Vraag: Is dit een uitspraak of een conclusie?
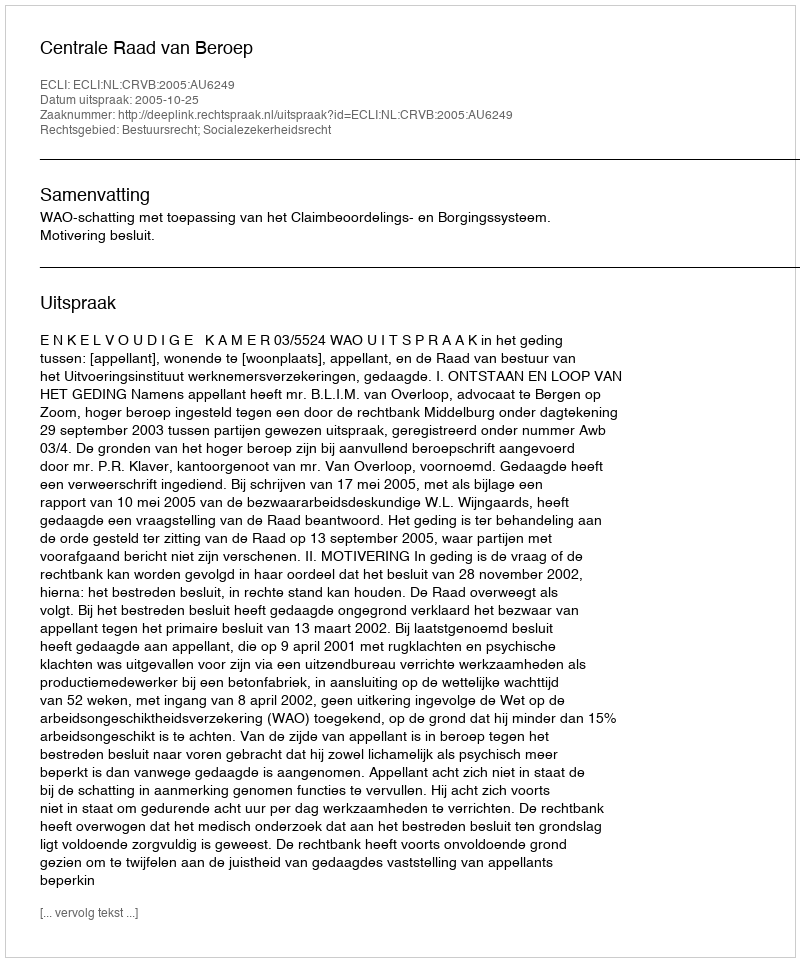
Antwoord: Uitspraak